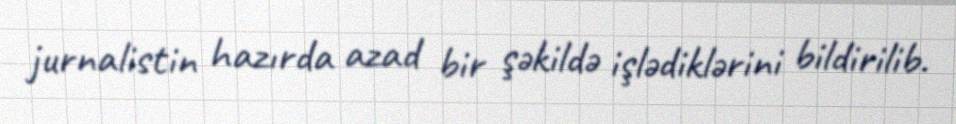
jurnalistin hazırda azad bir şəkildə işlədiklərini bildirilib.